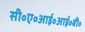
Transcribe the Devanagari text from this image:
सी॰ए॰आई॰आई॰बी॰